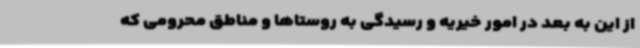
از این به بعد در امور خیریه و رسیدگی به روستاها و مناطق محرومی که